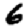
Digit: 6